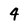
Character: 4